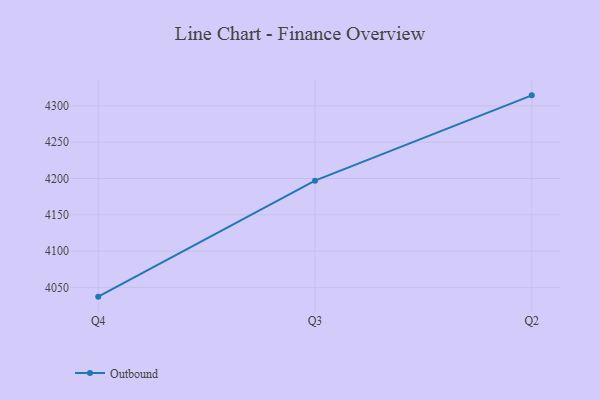
{"axis": {"x": "Quarter", "y": "Waste Production (Tons)"}, "legend": ["Outbound"], "data": [{"x": "Q4", "y": 4037.3, "type": "Outbound"}, {"x": "Q3", "y": 4197.0, "type": "Outbound"}, {"x": "Q2", "y": 4314.4, "type": "Outbound"}]}